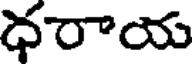
ధరాయ